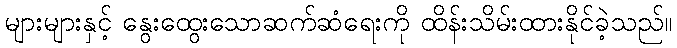
များများနှင့် နွေးထွေးသောဆက်ဆံရေးကို ထိန်းသိမ်းထားနိုင်ခဲ့သည်။